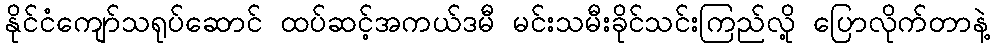
နိုင်ငံကျော်သရုပ်ဆောင် ထပ်ဆင့်အကယ်ဒမီ မင်းသမီးခိုင်သင်းကြည်လို့ ပြောလိုက်တာနဲ့